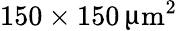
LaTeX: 150\times 150\, \upmu\mathrm{m}^{2}